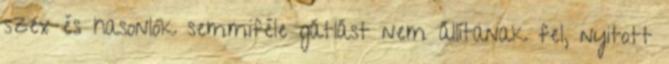
szex és hasonlók semmiféle gátlást nem állítanak fel, nyitott